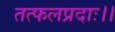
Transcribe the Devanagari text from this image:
तत्फलप्रदाः।।